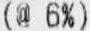
(@ 6%)